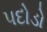
પદોડો